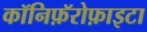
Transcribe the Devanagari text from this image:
कॉनिफ़ॅरोफ़ाइटा